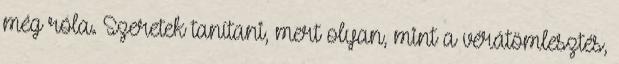
még róla. Szeretek tanítani, mert olyan, mint a vérátömlesztés,